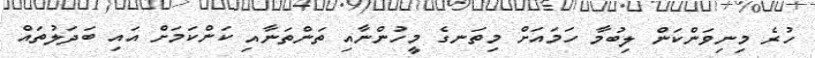
ހުރެ މިނިވަންކަން ލިބުމާ ހަމައަށް މިތަނގެ މީހުންނާއި ތަންތަނާއި ކަންކަމަށް އައި ބަދަލުތައް